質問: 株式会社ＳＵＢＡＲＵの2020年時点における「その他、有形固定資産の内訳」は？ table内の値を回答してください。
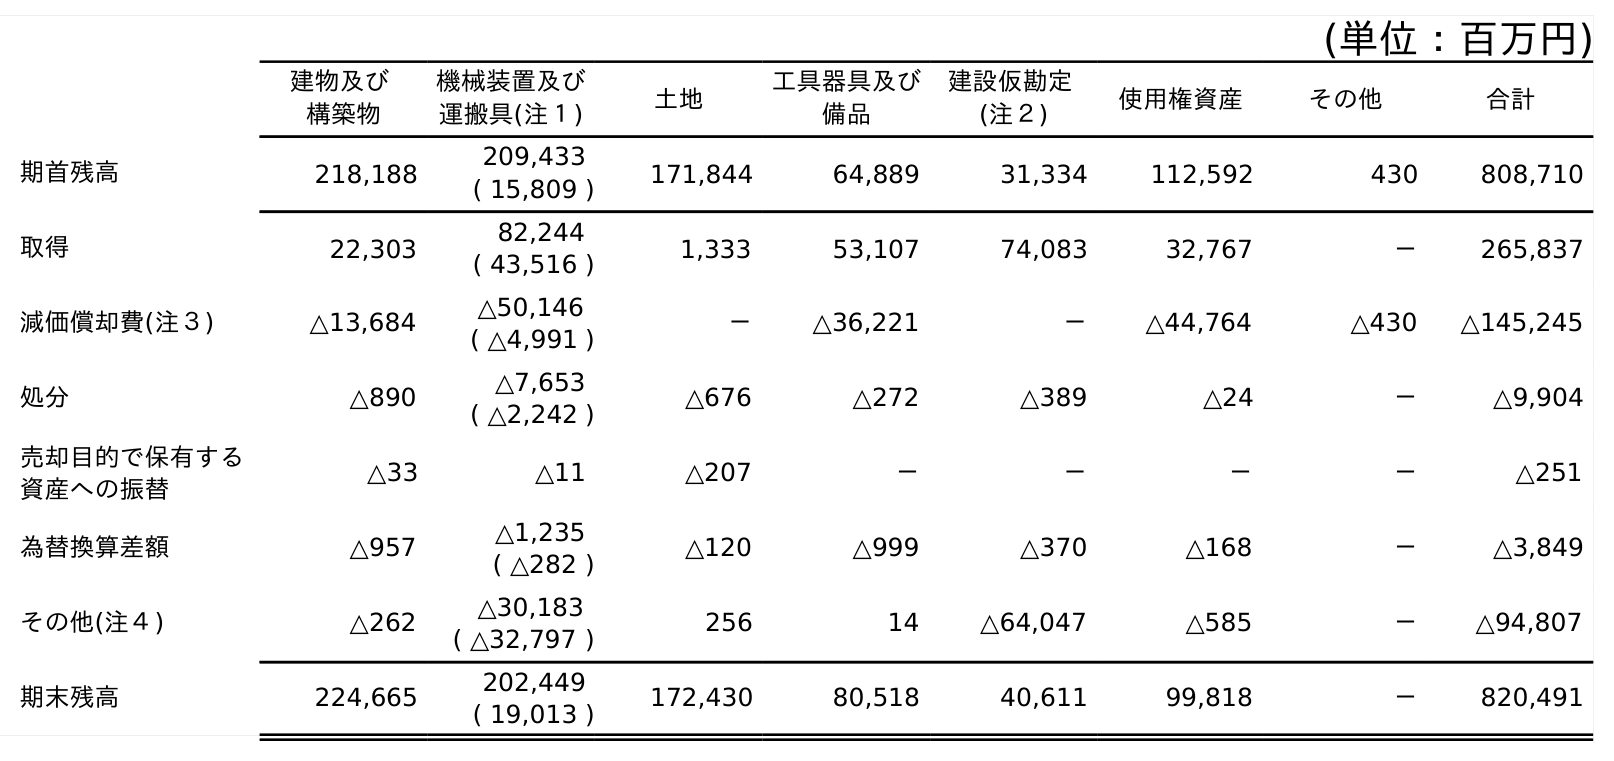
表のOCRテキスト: (単位：百万円) 建物及び 構築物 機械装置及び 運搬具(注１) 土地 工具器具及び 備品 建設仮勘定 (注２) 使用権資産 その他 合計 期首残高 218,188 209,433 ( 15,809 ) 171,844 64,889 31,334 112,592 430 808,710 取得 22,303 82,244 ( 43,516 ) 1,333 53,107 74,083 32,767 － 265,837 減価償却費(注３) △13,684 △50,146 ( △4,991 ) － △36,221 － △44,764 △430 △145,245 処分 △890 △7,653 ( △2,242 ) △676 △272 △389 △24 － △9,904 売却目的で保有する 資産への振替 △33 △11 △207 － － － － △251 為替換算差額 △957 △1,235 ( △282 ) △120 △999 △370 △168 － △3,849 その他(注４) △262 △30,183 ( △32,797 ) 256 14 △64,047 △585 － △94,807 期末残高 224,665 202,449 ( 19,013 ) 172,430 80,518 40,611 99,818 － 820,491
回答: －